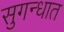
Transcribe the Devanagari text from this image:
सुगन्धात